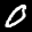
Label: 0